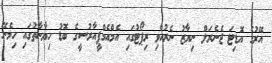
އޭރުގެ އޮޑިޓަ ޖެނެރަލް ނިޔާޒު ނެރުއްވި ރިޕޯޓުގައި އެމްއެމްޕީއާރުސީގެ ބޮޑު ހިޔާނާތުގައި ހިމެނޭ